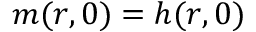
m ( r , 0 ) = h ( r , 0 )